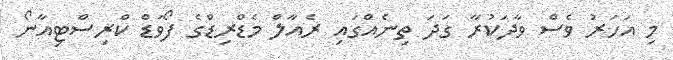
މި އަހަރު ވެސް ވާދަކުރާ ގަދަ ތިނެއްގައި ރެއާލް މެޑްރިޑްގެ ފޯވަޑް ކްރިސްޓިއާނޯ